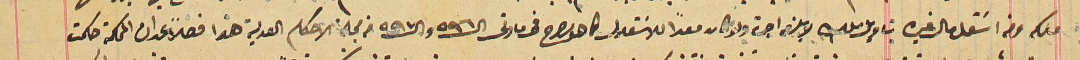
ملك ومن اسَتغل مال غيره بتاويل ملك لا يلزمه اجرة ولو كان معداً للاسَتغلال كما هو مصرح فى مادتى ال٥٩٦ وال ٥٩٧ من مجلة الاحكام العدلية هذا فصلاً عد ان المحكمة حكمت